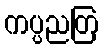
ကပ္ပညတြ